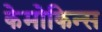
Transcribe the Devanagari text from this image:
केमोकिन्स